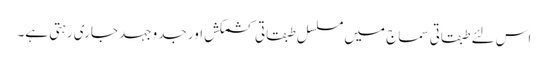
اس لئے طبقاتی سماج میں مسلسل طبقاتی کشمکش اور جدوجہد جاری رہتی ہے۔